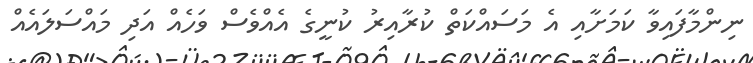
ނިންމާފައިވާ ކަމަށާއި އެ މަސައްކަތް ކުރާއިރު ކުނީގެ އެއްވެސް ވަހެއް އަދި މައްސަލައެއް